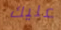
عليك